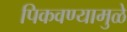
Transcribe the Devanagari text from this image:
पिकवण्यामुळे